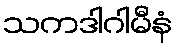
သကဒါဂါမီနံ